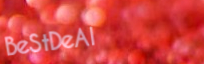
BeStDeAl